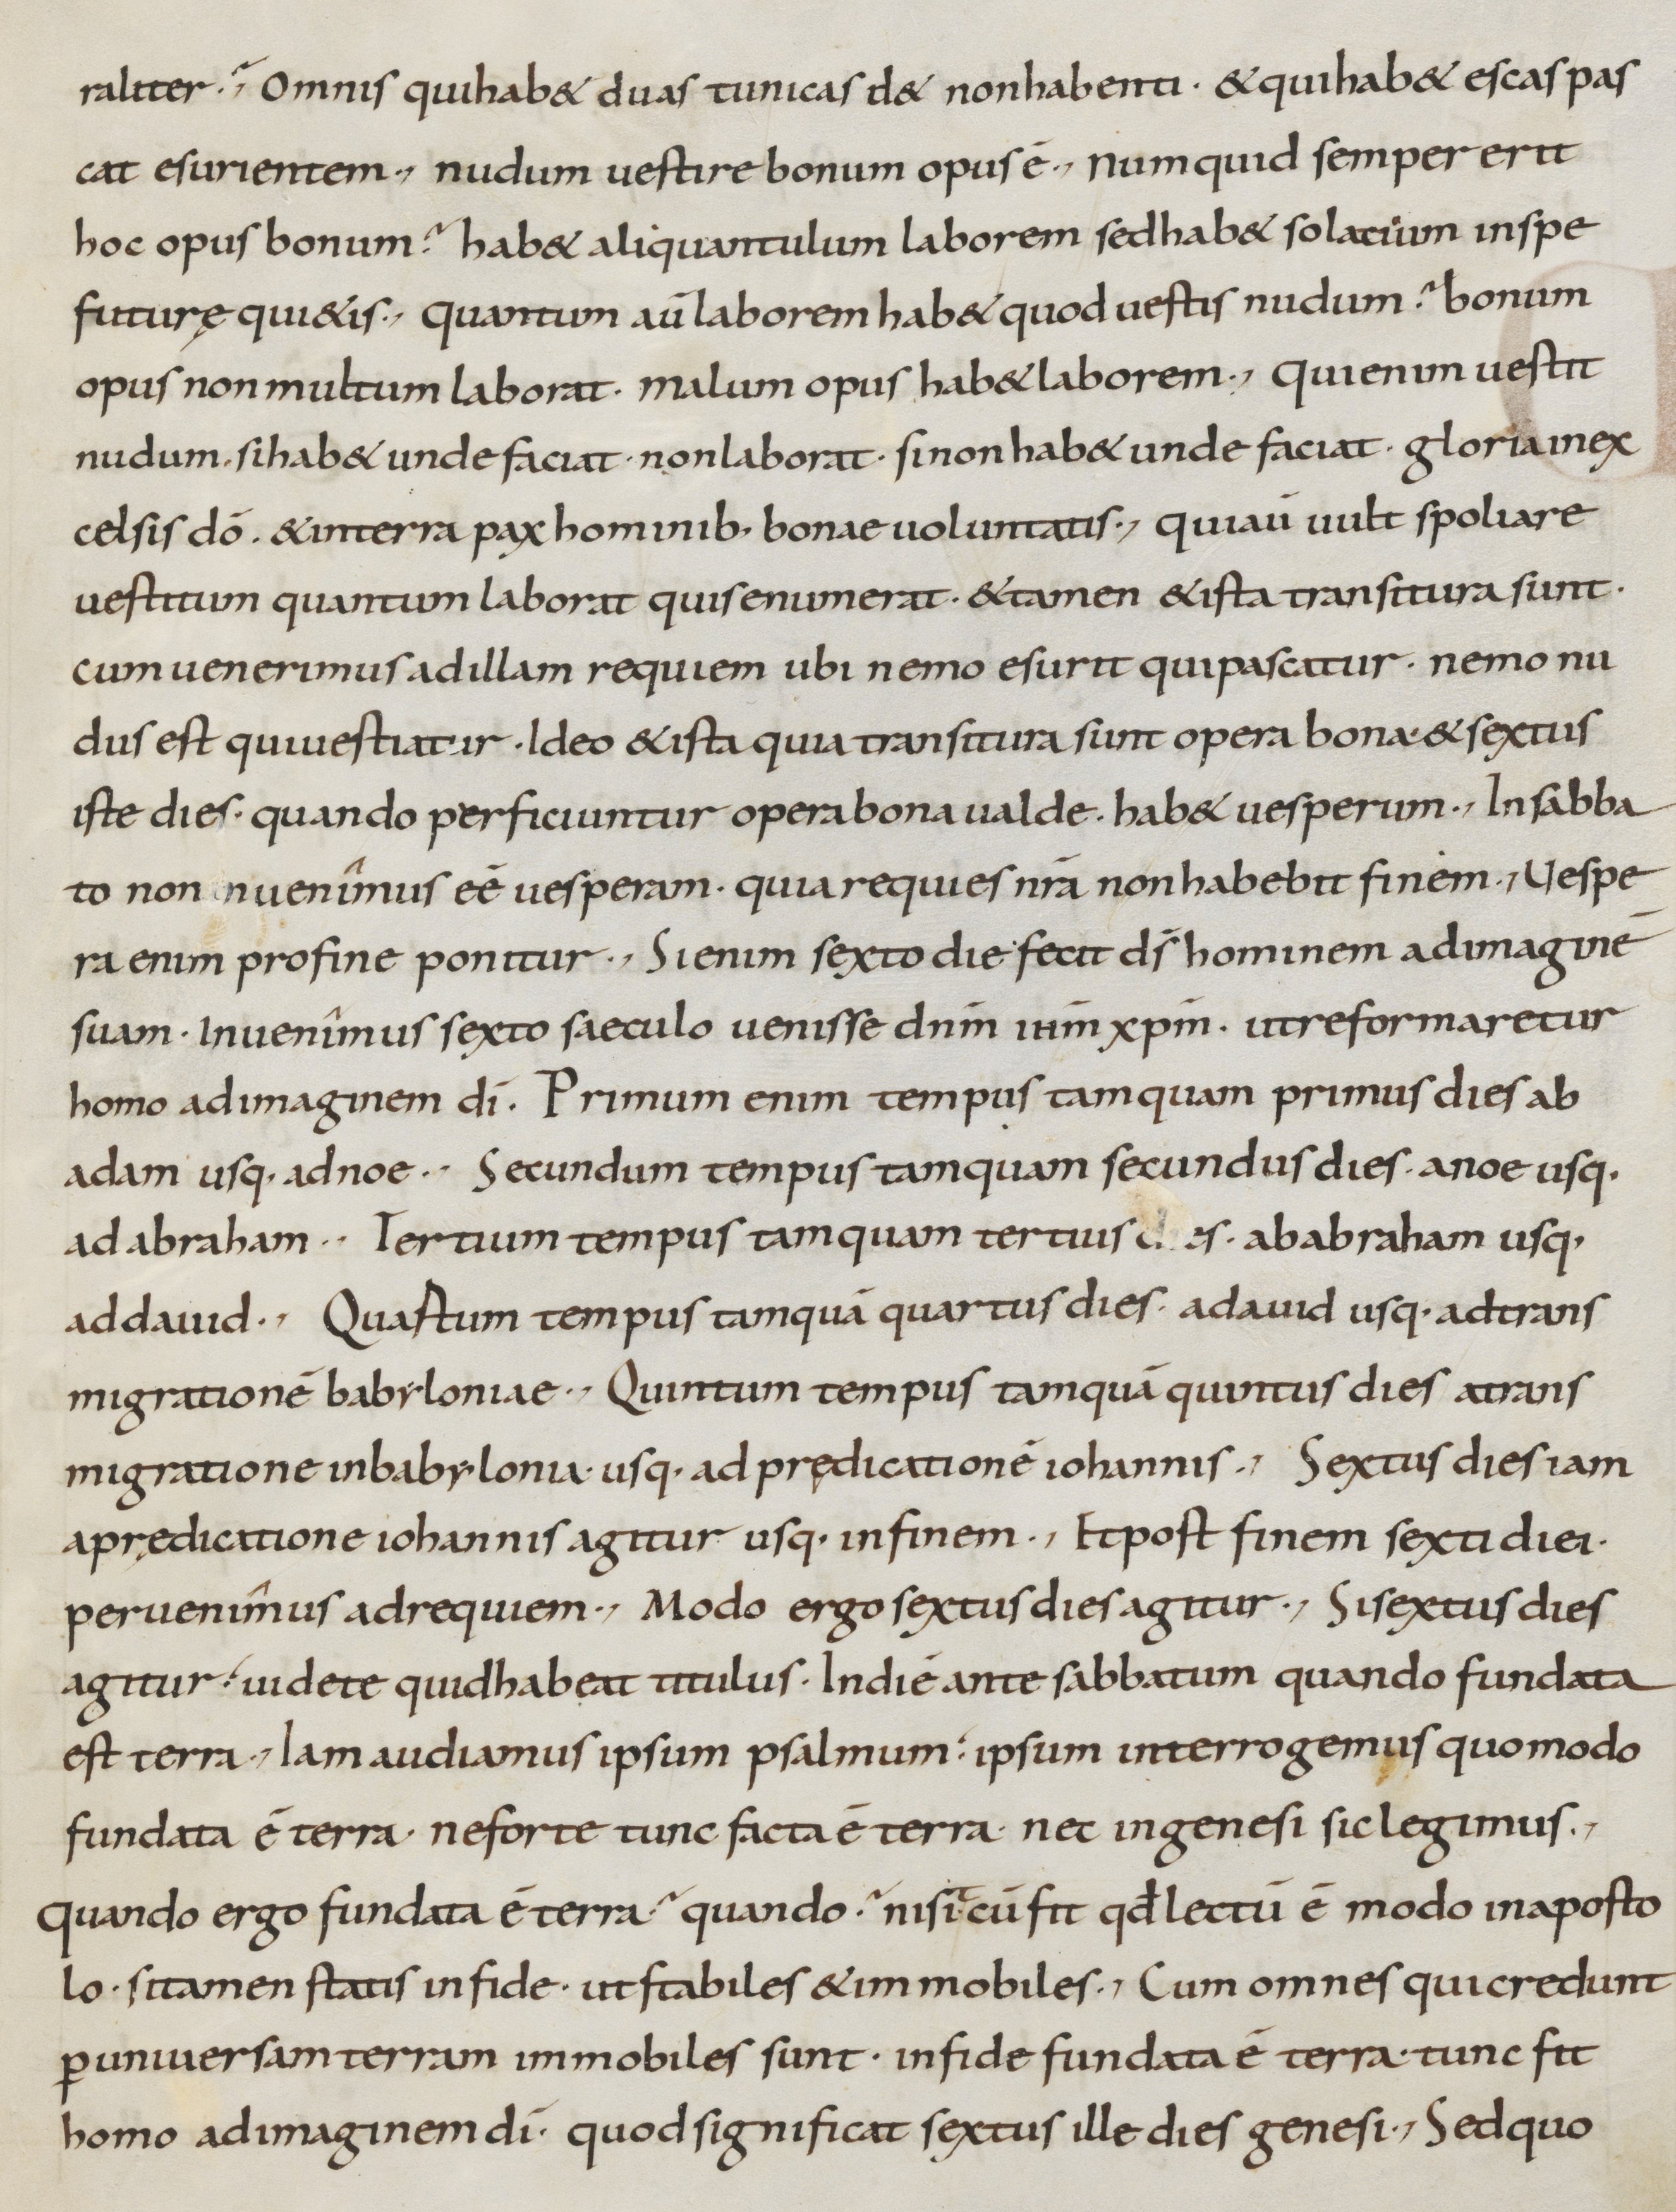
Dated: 800–899